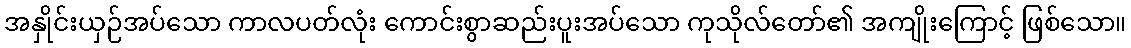
အနှိုင်းယှဉ်အပ်သော ကာလပတ်လုံး ကောင်းစွာဆည်းပူးအပ်သော ကုသိုလ်တော်၏ အကျိုးကြောင့် ဖြစ်သော။